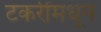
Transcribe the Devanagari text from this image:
टकरींमधून